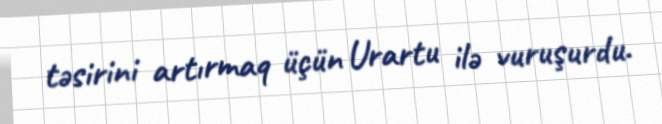
təsirini artırmaq üçün Urartu ilə vuruşurdu.